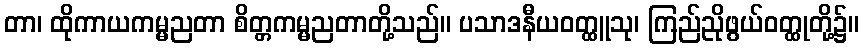
တာ၊ ထိုကာယကမ္မညတာ စိတ္တကမ္မညတာတို့သည်။ ပသာဒနီယဝတ္ထူသု၊ ကြည်ညိုဖွယ်ဝတ္ထုတို့၌။